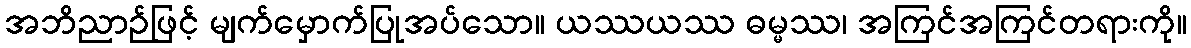
အဘိညာဉ်ဖြင့် မျက်မှောက်ပြုအပ်သော။ ယဿယဿ ဓမ္မဿ၊ အကြင်အကြင်တရားကို။